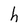
Character: h